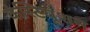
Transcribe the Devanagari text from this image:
कंस्टियूशन